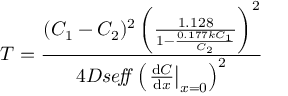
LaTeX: T = { \frac { ( C _ { 1 } - C _ { 2 } ) ^ { 2 } \left( { \frac { 1 . 1 2 8 } { 1 - { \frac { 0 . 1 7 7 k C _ { 1 } } { C _ { 2 } } } } } \right) ^ { 2 } } { 4 D s e \! f \! \! f \left( \left. { \frac { \mathrm { d } C } { \mathrm { d } x } } \right| _ { x = 0 } \right) ^ { 2 } } }